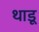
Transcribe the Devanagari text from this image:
थाडू